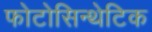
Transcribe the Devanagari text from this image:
फोटोसिन्थेटिक